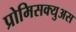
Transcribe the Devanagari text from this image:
प्रोमिसक्युअस